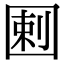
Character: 𡇿